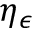
\eta _ { \epsilon }